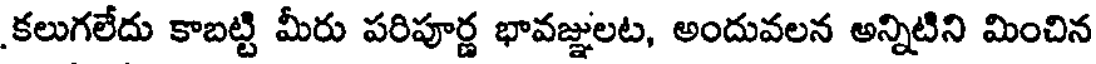
కలుగలేదు కాబట్టి మీరు పరిపూర్ణ భావజ్ఞులట, అందువలన అన్నిటిని మించిన